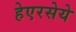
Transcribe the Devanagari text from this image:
हेएरसेये